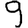
Digit: 9